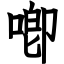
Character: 喞